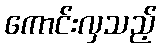
ကောင်းလှသည့်